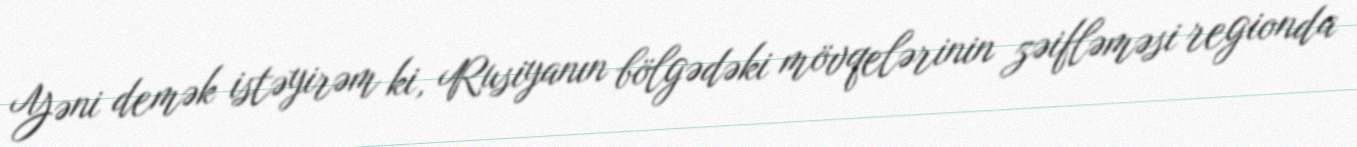
Yəni demək istəyirəm ki, Rusiyanın bölgədəki mövqelərinin zəifləməsi regionda